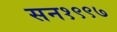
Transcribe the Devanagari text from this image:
सन१९९७